Civil Veterinary Department. Madras. Admin. report 1926-33 - 1926-1933
Year: 1926
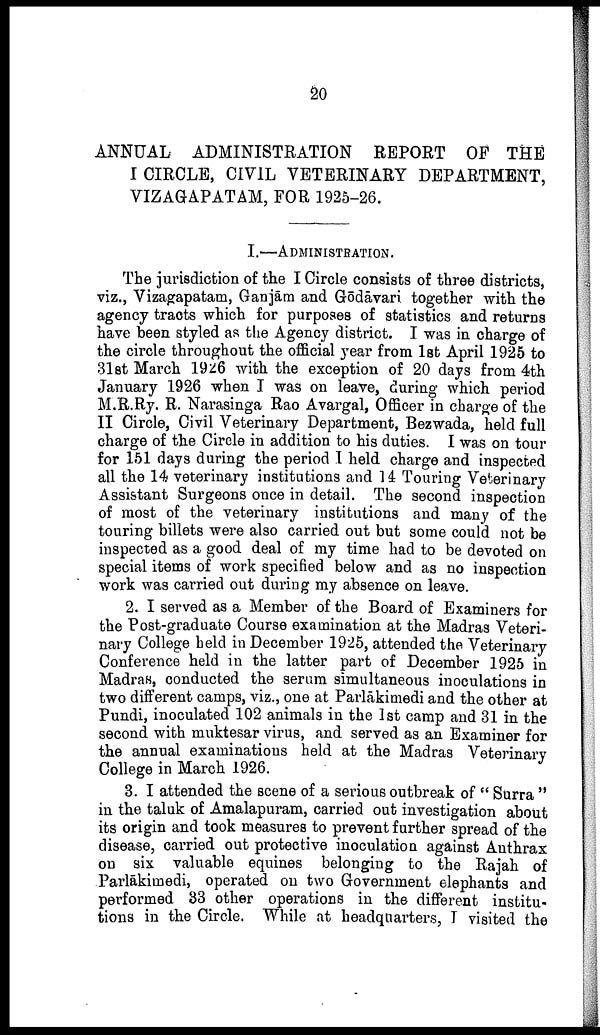
20
ANNUAL ADMINISTRATION REPORT OF THE
I CIRCLE, CIVIL VETERINARY DEPARTMENT,
VIZAGAPATAM, FOR 1925-26.
I.—ADMINISTRATION.
The jurisdiction of the I Circle consists of three districts,
viz., Vizagapatam, Ganjām and Gōdāvari together with the
agency tracts which for purposes of statistics and returns
have been styled as the Agency district. I was in charge of
the circle throughout the official year from 1st April 1925 to
31st March 1926 with the exception of 20 days from 4th
January 1926 when I was on leave, during which period
M.R.Ry. R. Narasinga Rao Avargal, Officer in charge of the
II Circle, Civil Veterinary Department, Bezwada, held full
charge of the Circle in addition to his duties. I was on tour
for 151 days during the period I held charge and inspected
all the 14 veterinary institutions and 14 Touring Veterinary
Assistant Surgeons once in detail. The second inspection
of most of the veterinary institutions and many of the
touring billets were also carried out but some could not be
inspected as a good deal of my time had to be devoted on
special items of work specified below and as no inspection
work was carried out during my absence on leave.
2. I served as a Member of the Board of Examiners for
the Post-graduate Course examination at the Madras Veteri
nary College held in December 1925, attended the Veterinary
Conference held in the latter part of December 1925 in
Madras, conducted the serum simultaneous inoculations in
two different camps, viz., one at Parlākimedi and the other at
Pundi, inoculated 102 animals in the 1st camp and 31 in the
second with muktesar virus, and served as an Examiner for
the annual examinations held at the Madras Veterinary
College in March 1926.
3. I attended the scene of a serious outbreak of " Surra "
in the taluk of Amalapuram, carried out investigation about
its origin and took measures to prevent further spread of the
disease, carried out protective inoculation against Anthrax
on six valuable equines belonging to the Rajah of
Parlākimedi, operated on two Government elephants and
performed 33 other operations in the different institu
tions in the Circle. While at headquarters, I visited the